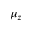
\mu _ { z }